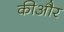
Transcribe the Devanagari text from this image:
कीऔर